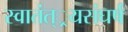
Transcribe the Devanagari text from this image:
स्वातंत््रयसंघर्ष